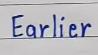
Earlier